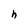
Character: h